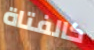
كالفتاة